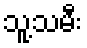
သူ့သမီး